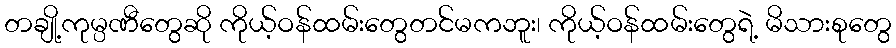
တချို့ကုမ္ပဏီတွေဆို ကိုယ့်ဝန်ထမ်းတွေတင်မကဘူး၊ ကိုယ့်ဝန်ထမ်းတွေရဲ့ မိသားစုတွေ